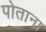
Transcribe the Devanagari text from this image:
पोताना